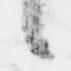
候